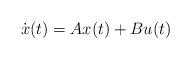
LaTeX: \begin{align*} \dot x(t) = Ax(t) + Bu(t)\end{align*}